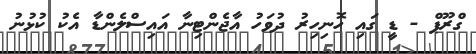
ގްރޫޕް - ޑީ ގައި ހޮނިހިރު ދުވަހު އާޖެންޓިނާ އައިސްލެންޑާ އެކު ކުޅުނު